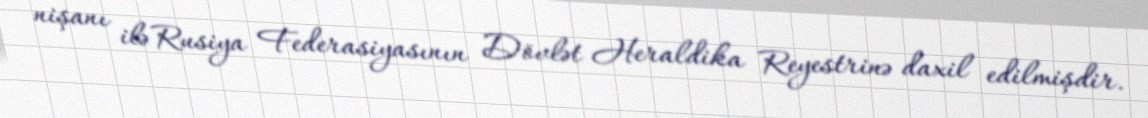
nişanı ilə Rusiya Federasiyasının Dövlət Heraldika Reyestrinə daxil edilmişdir.